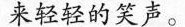
来轻轻的笑声。